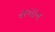
સધાન